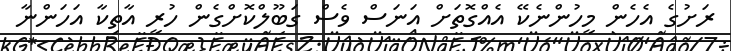
ރަށުގެ އެހެން މީހުންނެކޭ އެއްގޮތަށް އަނަސް ވެސް ގަބޫލްކޮށްގެން ހުރީ އާތިކާ އަހަންނާ